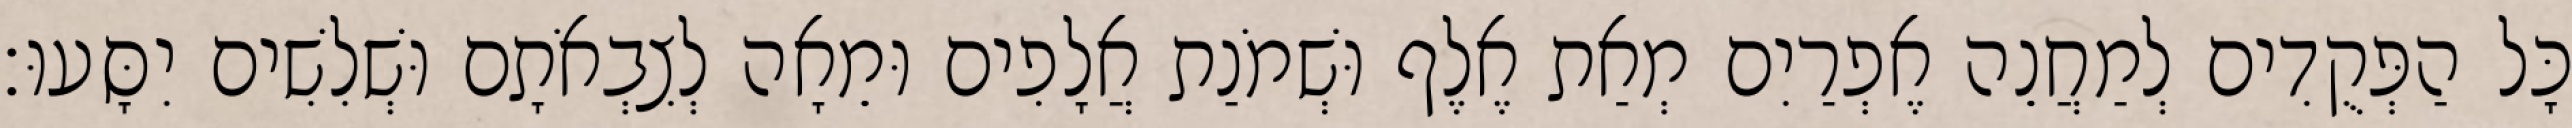
כָּל הַפְּקֻדִים לְמַחֲנֵה אֶפְרַיִם מְאַת אֶלֶף וּשְׁמֹנַת אֲלָפִים וּמֵאָה לְצִבְאֹתָם וּשְׁלִשִׁים יִסָּעוּ׃